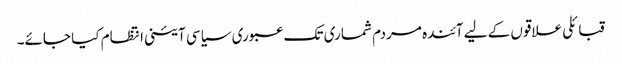
قبائلی علاقوں کے لیے آئندہ مردم شماری تک عبوری سیاسی آئینی انتظام کیا جائے۔